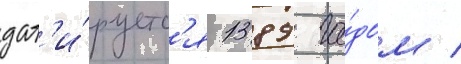
дат'и́руетс'я 1389 го́дом /